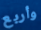
وأربع